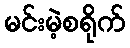
မင်းမဲ့စရိုက်